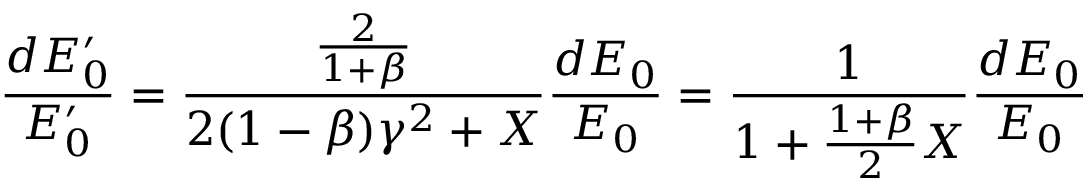
\frac { d E _ { 0 } ^ { \prime } } { E _ { 0 } ^ { \prime } } = \frac { \frac { 2 } { 1 + \beta } } { 2 ( 1 - \beta ) \gamma ^ { 2 } + X } \frac { d E _ { 0 } } { E _ { 0 } } = \frac { 1 } { 1 + \frac { 1 + \beta } { 2 } X } \frac { d E _ { 0 } } { E _ { 0 } }